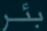
بُر